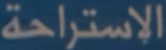
الإستراحة